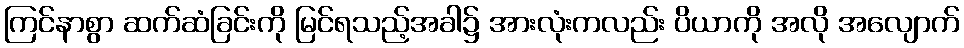
ကြင်နာစွာ ဆက်ဆံခြင်းကို မြင်ရသည့်အခါ၌ အားလုံးကလည်း ပိယာကို အလို အလျောက်